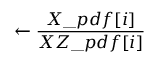
\leftarrow \frac { X \_ p d f [ i ] } { X Z \_ p d f [ i ] }